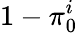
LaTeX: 1-\pi_{0}^{i}